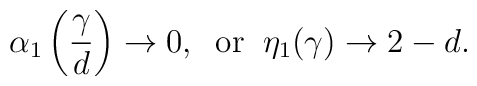
\alpha_{1} \left(\frac{\gamma}{d}\right) \rightarrow 0, \; \; \mbox{or} \; \; \eta_{1}(\gamma) \rightarrow 2-d.